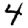
Digit: 4